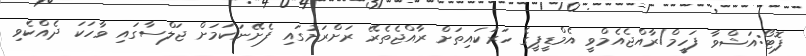
ފޮޓޯ:އަޝްވާ ފަހީމް/ރާއްޖެއެމްވީ އެމްޑީޕީގެ ހަރަކައިތަށް ރާއްޖެތެރޭ ރަށްރަށުގައި ފެށޭނަކަމަށް ޖަލްސާގައި ވާހަކަ ދެއްކެވި